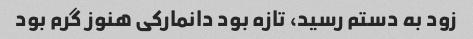
زود به دستم رسید، تازه بود دانمارکی هنوز گرم بود